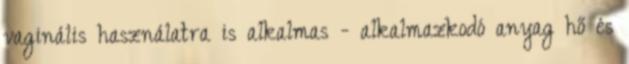
vaginális használatra is alkalmas - alkalmazkodó anyag hő és